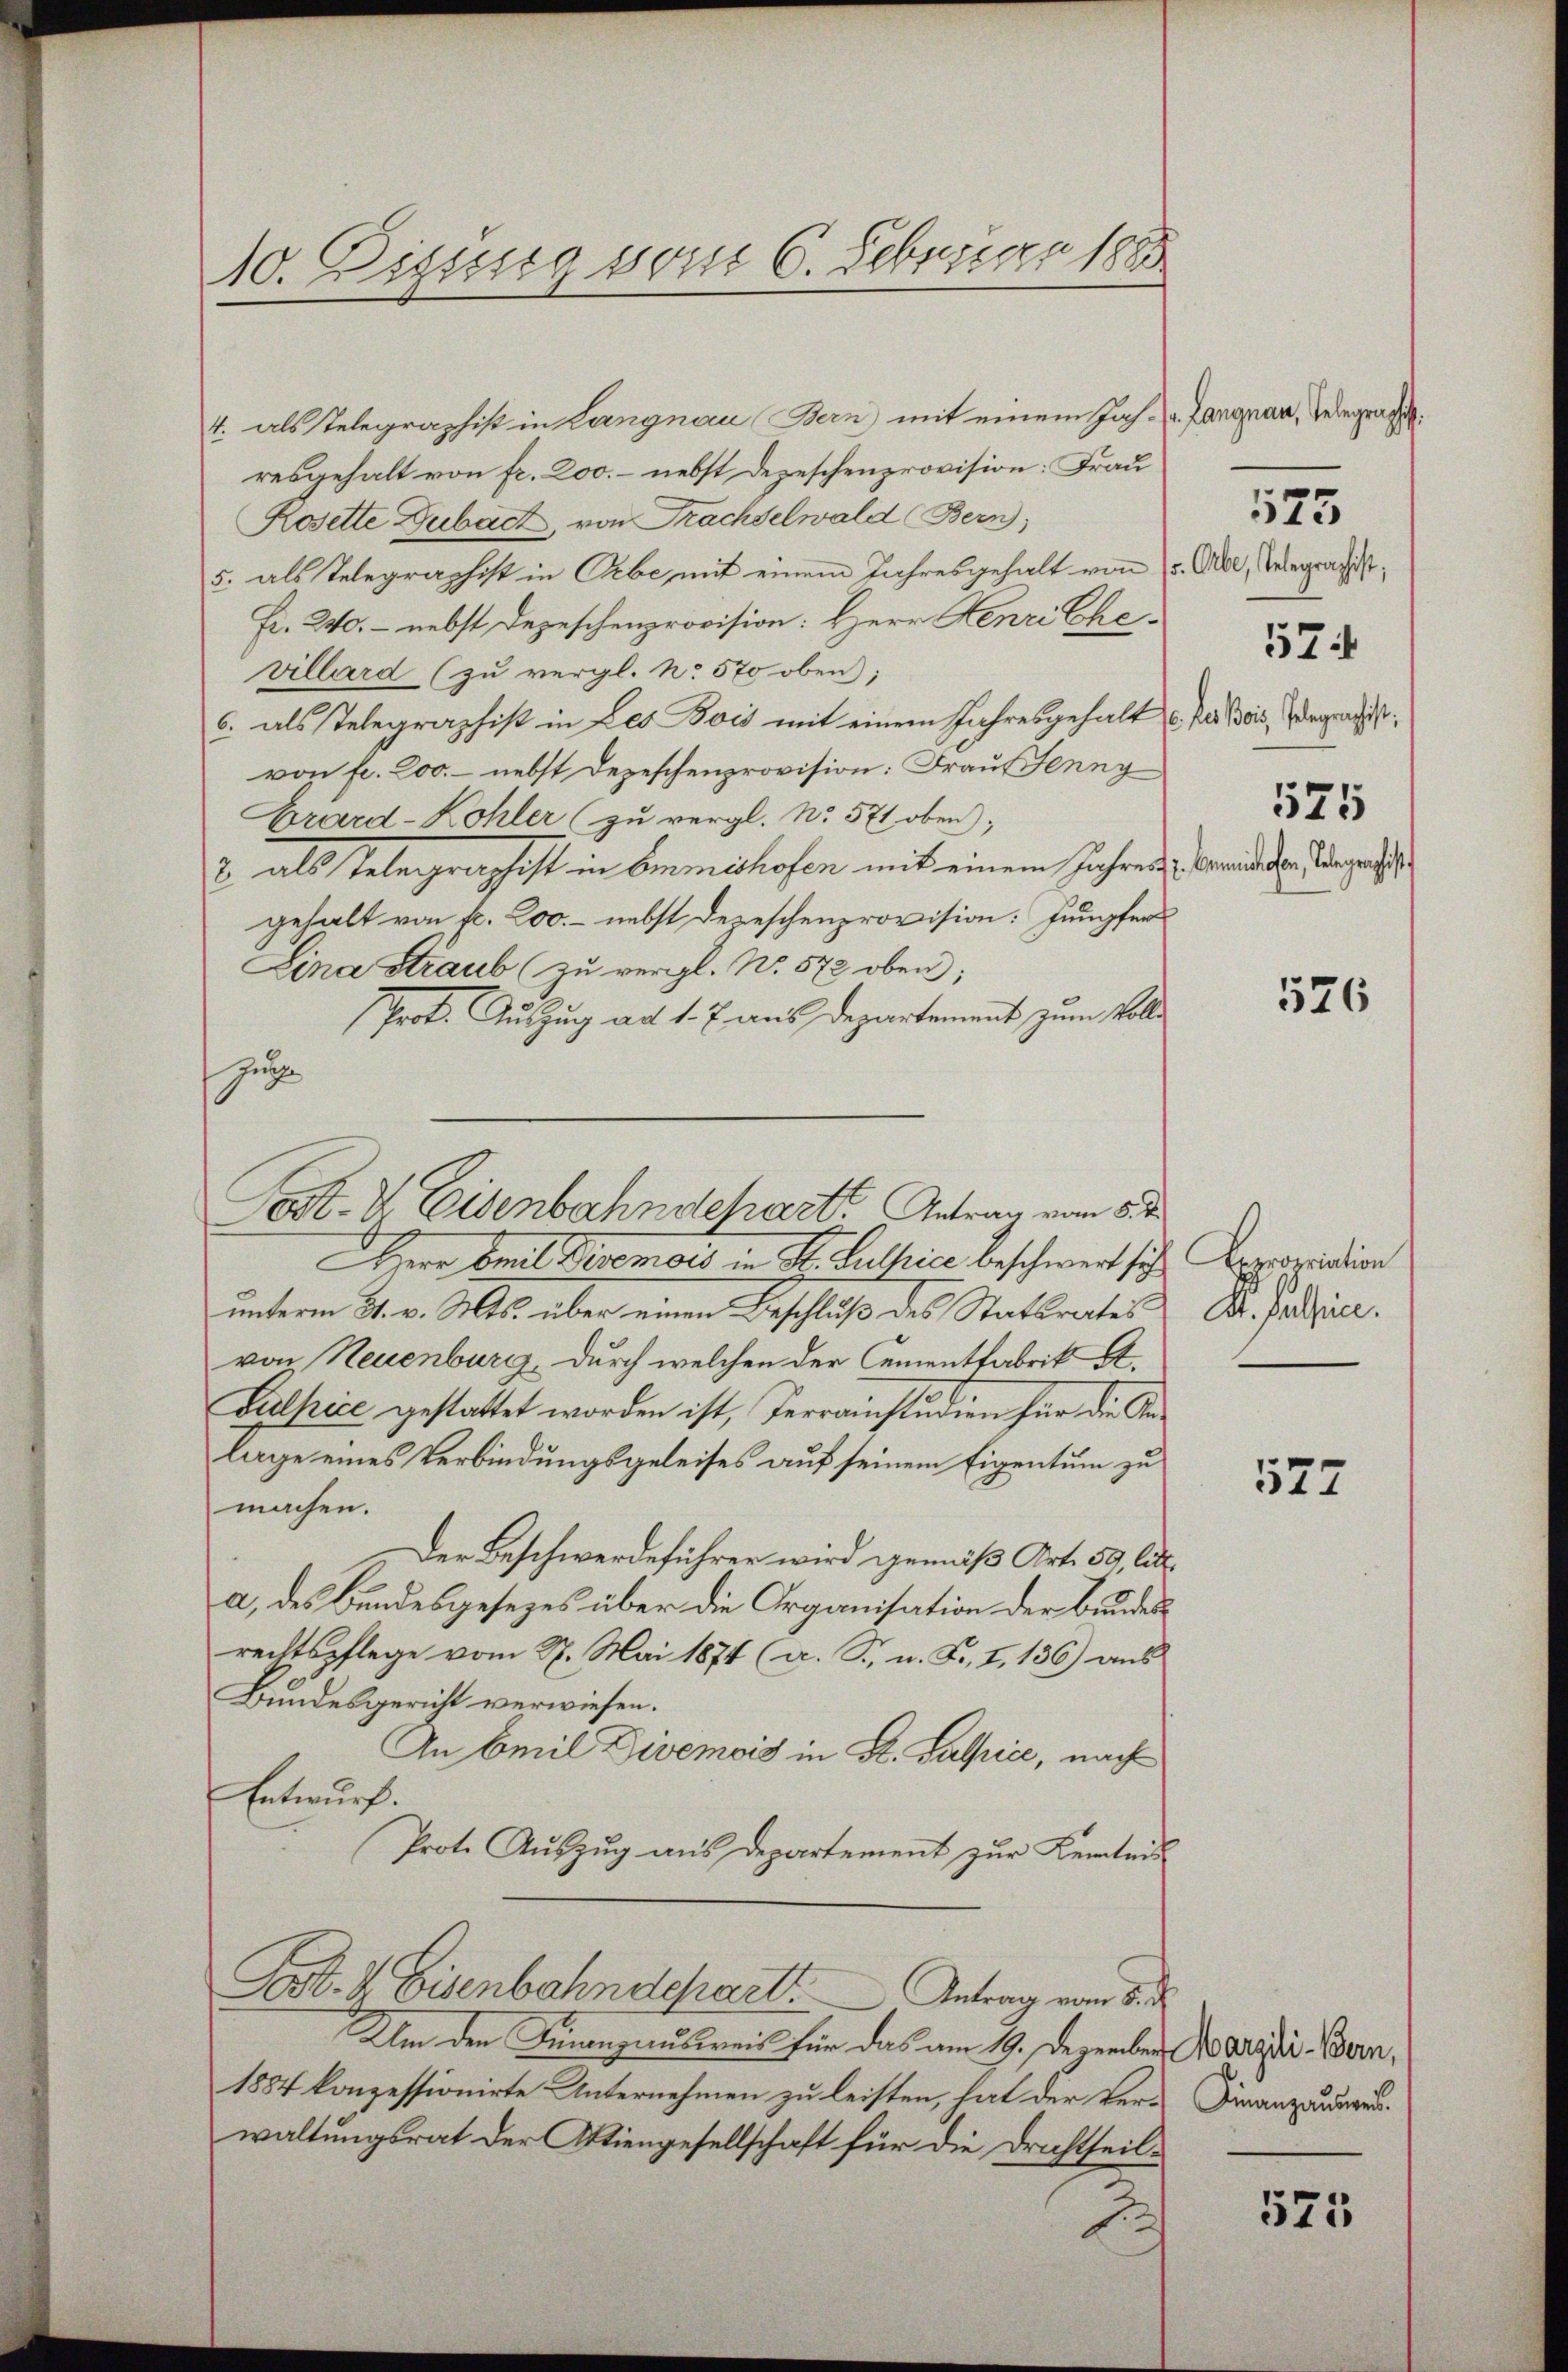
10. Dissig vom 6. Februar 1885

4. als stelegraphist in Langnau Bern) mit einem Jas. - Langnau, Gelegraph
resgehalt von fr. 200.- nebst Dezeschenprovision: Frau
Rosette Dubach, von Frachselwald Bern,
5. als Telegraphist in Erbe, mit einem Jahresgehalt von
Fr. 240. - nebst Depeschenprovision: Herr Henri Ehevillard (zu vergl. No 570 oben;
6. als Telegraphist in Les Bois mit einem Jahresgehalt u. Paris, Wegen,
von fl. 200.- nebst Depeschenprovision: Frau Jenny
Brard-Kohler zu vergl. No. 571, oben;
2 als Telegraschaft in Emmeshofen mit einem Jahren
gehalt von fr. 200.- nebst Depeschenprovision: Jumpfer
Lina Straub (zu vergl. No. 572 oben;
Prot. Auszug ad 1. 7 aus Departement zum Voll¬
Zug
Herr Smit Bremots in St. Guthica beschwert sich Appariation
unterm 31. v. Ms. aber einen Beschluß des Statsrates
von Neuenburg, durch welchen der Cementfabrik A¬
Gulpice gestattet worden ist, Terrainstudien für die Anlage eines Verbindungsgeleises auf seinem Eigentum zu
machen.
Der Beschwerdeführer wird gemäß Art. 50 lit.
a) des Bundesgesezes über die Organisation der Bundesrechtspflege vom 27. Mai 1874 (a. S. u. F., I. 136) aus
Bundesgericht verwiesen.
An Emil Divemois in St. Salpice, nach
Entwurf.
Prote Auszug aus Departement zur Kemtei
Post. I Eisenbahndepart.           Antrag vom 8. d.
Um den Finanzausweis für das am 19. Dezember arg i. Bern,
1884 konzessionirte Unternehmen zu leisten, hat der Verwaltungsrat der Aktiengesellschaft für die Drachtheil¬
E

Cost- & Eisenbahndehart. Antrag vom 8. d.

v. Orbe, Gelegraphist,
525
2. Beihofen, Telegerschist

575

574

526

K. Gallein.

527

Finanzausweis.

575